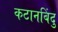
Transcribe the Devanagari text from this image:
कटानबिंदु